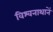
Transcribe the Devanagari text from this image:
विश्वनाथानें